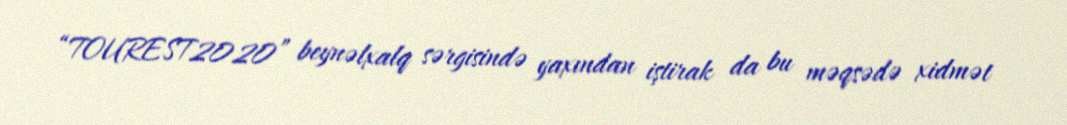
“TOUREST2020” beynəlxalq sərgisində yaxından iştirak da bu məqsədə xidmət